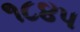
૧૮૪૫